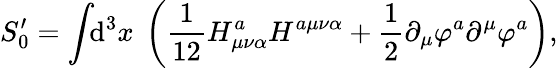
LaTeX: S_{0}^{\prime}=\int\! \! \mathrm{d}^{3}x~\left(\frac{1}{{12}}H_{\mu\nu\alpha}^{a}H^{a\mu\nu\alpha}+\frac{1}{2}\partial_{\mu}\varphi^{a}\partial^{\mu}\varphi^{a}\right),